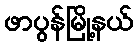
ဖာပွန်မြို့နယ်